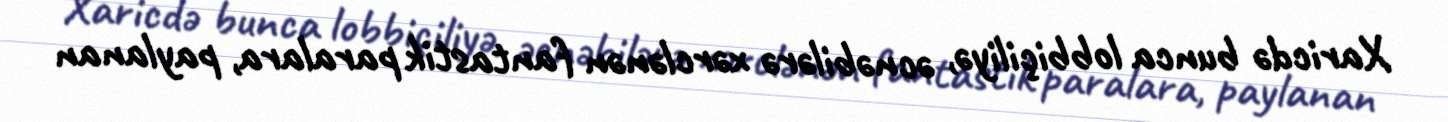
Xaricdə bunca lobbiçiliyə, əcnəbilərə xərclənən fantastik paralara, paylanan